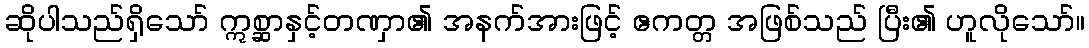
ဆိုပါသည်ရှိသော် ဣစ္ဆာနှင့်တဏှာ၏ အနက်အားဖြင့် ဧကတ္တ အဖြစ်သည် ပြီး၏ ဟူလိုသော်။